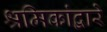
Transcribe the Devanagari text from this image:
श्रमिकांद्वारे